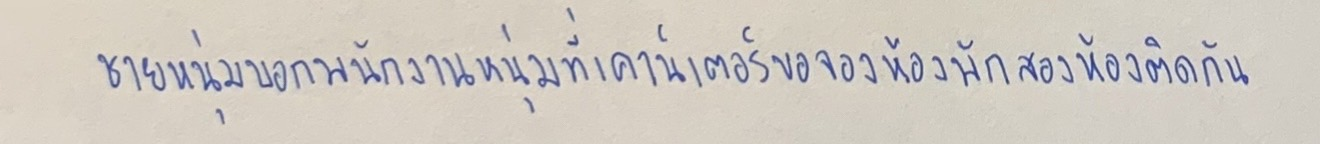
ชายหนุ่มบอกพนักงานหนุ่มที่เคาน์เตอร์ขอจองห้องพักสองห้องติดกัน